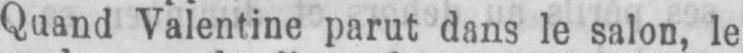
Quand Valentine parut dans le salon, le